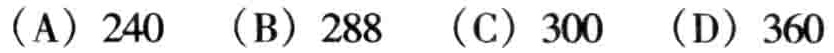
（A）240 （B）288 （C）300 （D）360